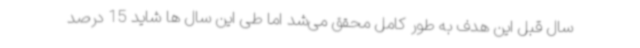
سال قبل این هدف به طور کامل محقق می‌شد اما طی این سال ها شاید 15 درصد